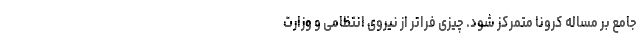
جامع بر مساله کرونا متمرکز شود. چیزی فراتر از نیروی انتظامی و وزارت